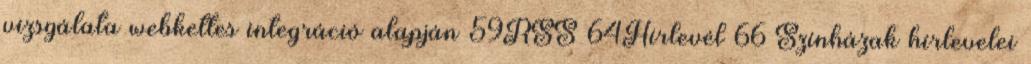
vizsgálata webkettes integráció alapján 59RSS 64Hírlevél 66 Színházak hírlevelei